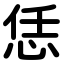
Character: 恁